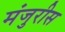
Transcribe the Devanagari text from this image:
मंजुरीस